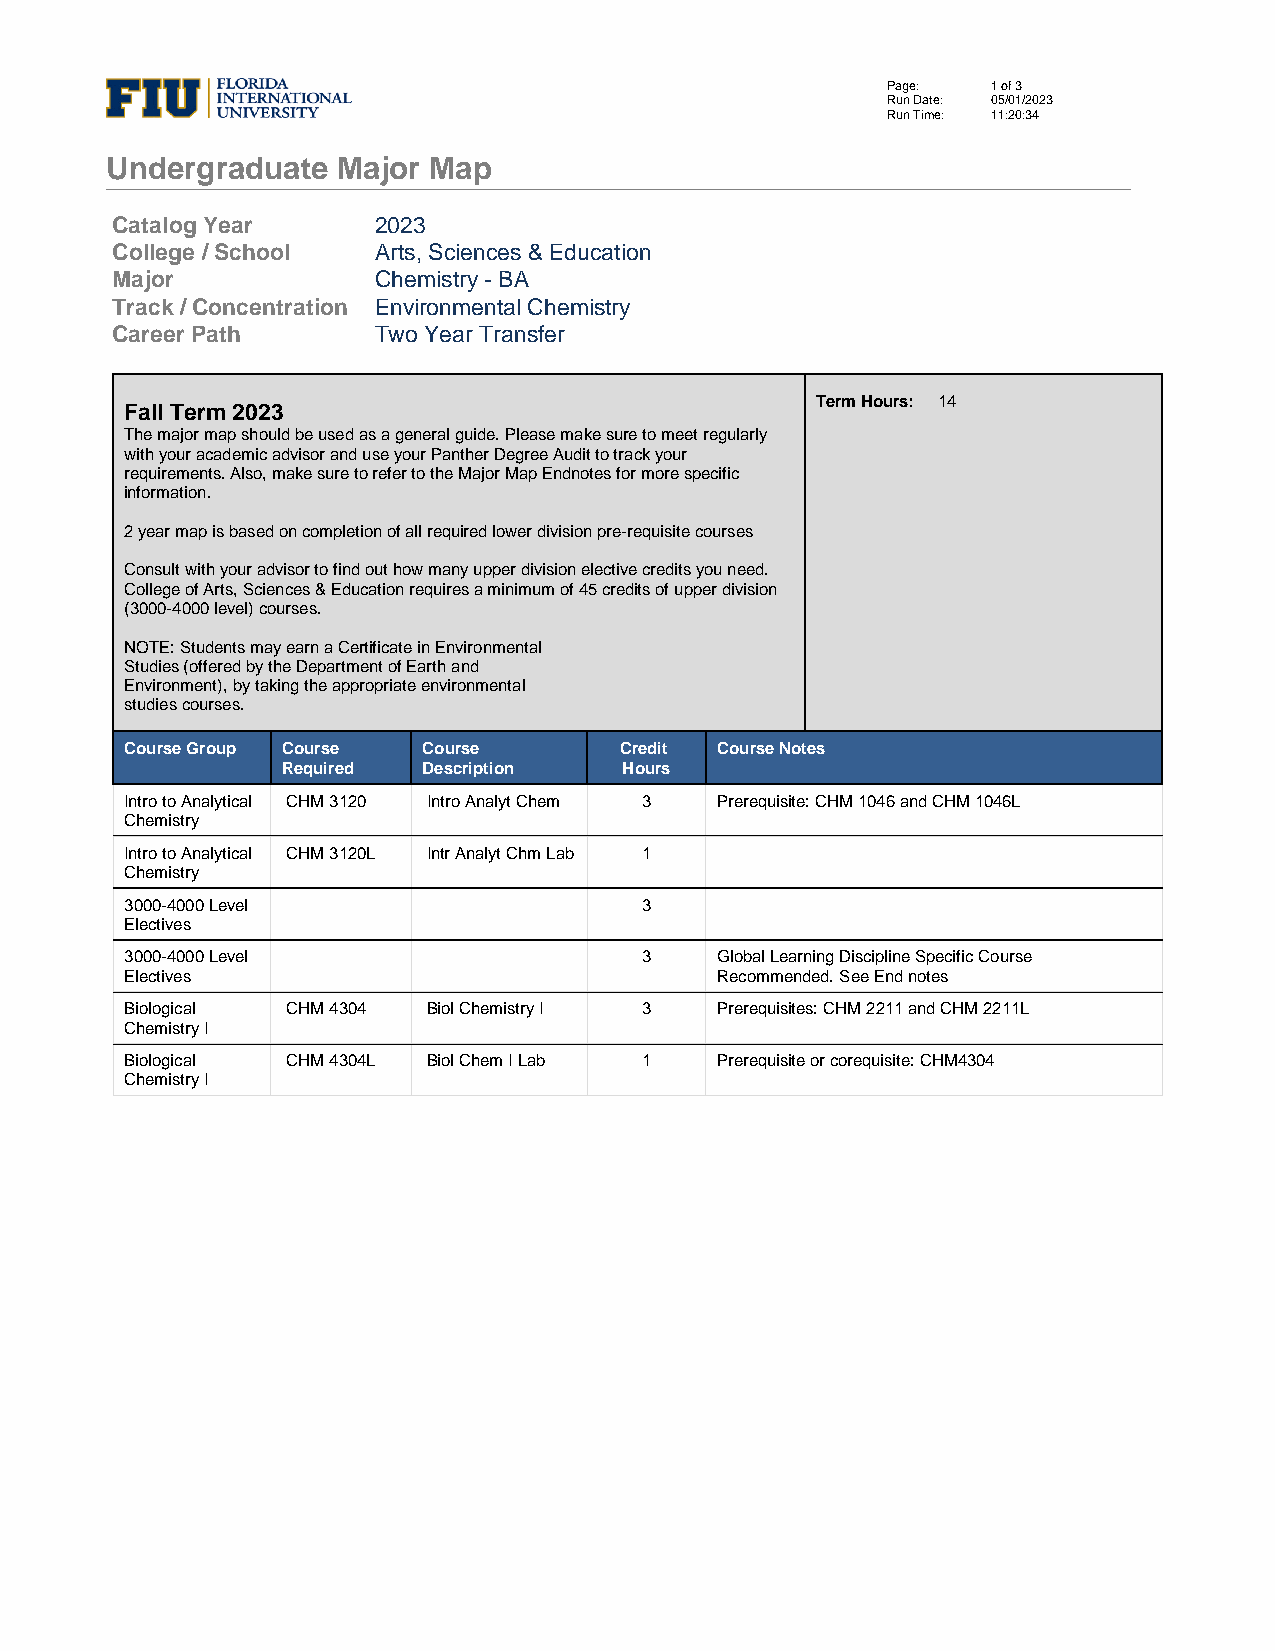
Page:  1 of 3
 Run Date: 05/01/2023
 Run Time: 11:20:34
 Undergraduate  Major Map
 Catalog Year      2023
 College / School  Arts, Sciences & Education
 Major             Chemistry - BA
 Track / Concentration Environmental Chemistry
 Career Path       Two Year Transfer
 Term Hours: 14
 Fall Term 2023
 The major map should be used as a general guide. Please make sure to meet regularly
 with your academic advisor and use your Panther Degree Audit to track your
 requirements. Also, make sure to refer to the Major Map Endnotes for more specific
 information.
 2 year map is based on completion of all required lower division pre-requisite courses
 Consult with your advisor to find out how many upper division elective credits you need.
 College of Arts, Sciences & Education requires a minimum of 45 credits of upper division
 (3000-4000 level) courses.
 NOTE: Students may earn a Certificate in Environmental
 Studies (offered by the Department of Earth and
 Environment), by taking the appropriate environmental
 studies courses.
 Course Group Course Course       Credit Course Notes
 Required Description  Hours
 Intro to Analytical CHM 3120 Intro Analyt Chem 3 Prerequisite: CHM 1046 and CHM 1046L
 Chemistry
 Intro to Analytical CHM 3120L Intr Analyt Chm Lab 1
 Chemistry
 3000-4000 Level                    3
 Electives
 3000-4000 Level                    3   Global Learning Discipline Specific Course
 Electives                              Recommended. See End notes
 Biological CHM 4304 Biol Chemistry I 3 Prerequisites: CHM 2211 and CHM 2211L
 Chemistry I
 Biological CHM 4304L Biol Chem I Lab 1 Prerequisite or corequisite: CHM4304
 Chemistry I